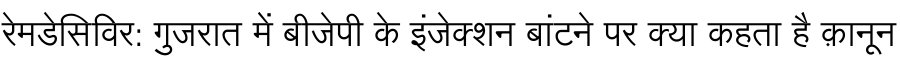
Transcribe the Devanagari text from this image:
रेमडेसिविर: गुजरात में बीजेपी के इंजेक्शन बांटने पर क्या कहता है क़ानून